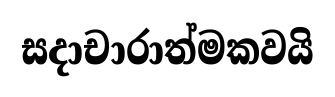
සදාචාරාත්මකවයි